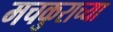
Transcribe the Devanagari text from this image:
मचकुराच्या